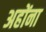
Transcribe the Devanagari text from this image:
अहोंना